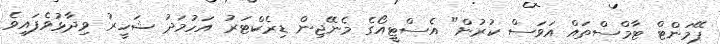
ޕޭމަންޓް ޓާމްސްތައް އަވަސް ކުރުން" އެސްޓީއޯގެ މެނޭޖިން ޑިރެކްޓަރު އަހުމަދު ޝަހީރު ވިދާޅުވެފައިވެ